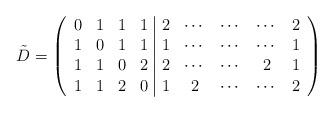
LaTeX: \begin{align*}\tilde{D} = \left( \begin{array}{cccc|ccccc}0 & 1 & 1 & 1 & 2 & \cdots & \cdots & \cdots & 2\\1 & 0 & 1 & 1 & 1 & \cdots & \cdots & \cdots & 1\\1 & 1 & 0 & 2& 2 & \cdots & \cdots & 2 & 1\\1 & 1 & 2 & 0& 1 & 2 & \cdots & \cdots & 2\end{array} \right)\end{align*}